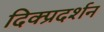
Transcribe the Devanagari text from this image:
दिक्प्रदर्शन